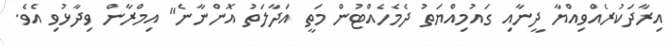
އިރާދަކުރެއްވިއްޔާ ދީނާއި ގައުމިއްޔަތު ދެމެހެއްޓުން މަތީ އަދާލަތު އޮންނާނެ" އިމްރާން ވިދާޅުވި އެވެ.